Civil Veterinary Department. Madras. Admin. report 1910-25 - 1910-1925
Year: 1910
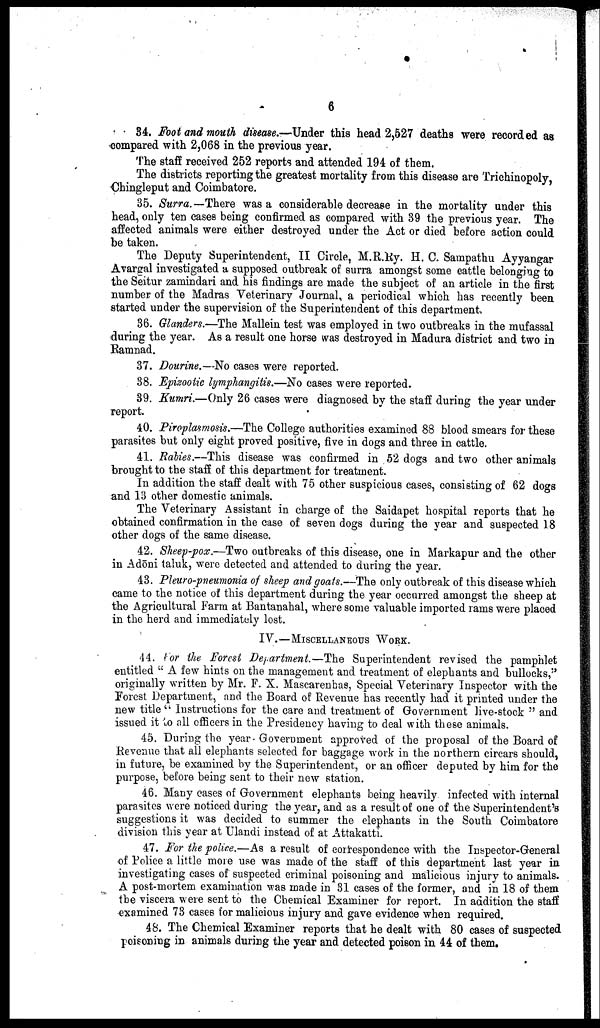
6
84. Foot and mouth disease.—Under this head 2,527 deaths were recorded as
compared with 2,068 in the previous year.
The staff received 252 reports and attended 194 of them.
The districts reporting the greatest mortality from this disease are Trichinopoly,
Chingleput and Coimbatore.
35. Surra.— There was a considerable decrease in the mortality under this
head, only ten cases being confirmed as compared with 39 the previous year. The
affected animals were either destroyed under the Act or died before action could
be taken.
The Deputy Superintendent, II Circle, M.R.Ry. H. C. Sampathu Ayyangar
Avargal investigated a supposed outbreak of surra amongst some cattle belonging to
the Seitur zamindari and his findings are made the subject of an article in the first
number of the Madras Veterinary Journal, a periodical which has recently been
started under the supervision of the Superintendent of this department,
36. Glanders.—The Mallein test was employed in two outbreaks in the mufassal
during the year. As a result one horse was destroyed in Madura district and two in
Ramnad.
37. Dourine.—No cases were reported.
38. Epizootic lymphangitis.—No cases were reported.
39. Kumri.—Only 26 cases were diagnosed by the staff during the year under
report.
40. Piroplasmosis.—The College authorities examined 88 blood smears for these
parasites but only eight proved positive, five in dogs and three in cattle.
41. Rabies.—This disease was confirmed in 52 dogs and two other animals
brought to the staff of this department for treatment.
In addition the staff dealt with 75 other suspicious cases, consisting of 62 dogs
and 13 other domestic animals.
The Veterinary Assistant in charge of the Saidapet hospital reports that he
obtained confirmation in the case of seven dogs during the year and suspected 18
other dogs of the same disease.
42. Sheep-pox.—Two outbreaks of this disease, one in Markapur and the other
in Adōni taluk, were detected and attended to during the year.
43. Pleuro-pneumonia of sheep and goats.—The only outbreak of this disease which
came to the notice of this department during the year occurred amongst the sheep at
the Agricultural Farm at Bantanahal, where some valuable imported rams were placed
in the herd and immediately lost.
IV.—MISCELLANEOUS WORK.
44. For the Forest Department.—The Superintendent revised the pamphlet
entitled "A few hints on the management and treatment of elephants and bullocks,"
originally written by Mr. F. X. Mascarenbas, Special Veterinary Inspector with the
Forest Department, and the Board of Revenue has recently had it printed under the
new title "Instructions for the care and treatment of Government live-stock" and
issued it to all officers in the Presidency having to deal with these animals.
45. During the year Government approved of the proposal of the Board of
Revenue that all elephants selected for baggage work in the northern circars should,
in future, be examined by the Superintendent, or an officer deputed by him for the
purpose, before being sent to their new station.
46. Many cases of Government elephants being heavily infected with internal
parasites were noticed during the year, and as a result of one of the Superintendent's
suggestions it was decided to summer the elephants in the South Coimbatore
division this year at Ulandi instead of at Attakatti.
47. For the police.—As a result of correspondence with the Inspector-General
of Police a little more use was made of the staff of this department last year in
investigating cases of suspected criminal poisoning and malicious injury to animals.
A post-mortem examination was made in 31 cases of the former, and in 18 of them
the viscera were sent to the Chemical Examiner for report. In addition the staff
examined 73 cases for malicious injury and gave evidence when required.
48. The Chemical Examiner reports that he dealt with 80 cases of suspected
poisoning in animals during the year and detected poison in 44 of them.